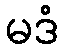
မဒံ